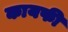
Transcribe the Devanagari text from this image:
कायफी